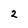
Character: 2